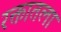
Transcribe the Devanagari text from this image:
रक्तातला